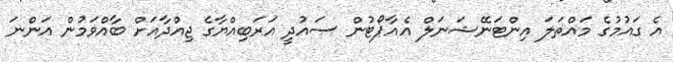
އެ ގައުމުގެ މައްތަލަ އިންޓަނޭޝަނަލް އެއާޕޯޓުން ސައުދީ އަރަބިއްޔާގެ ޖިއްދާއަށް ބާއްވަމުން އަންނަ